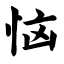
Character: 恼